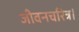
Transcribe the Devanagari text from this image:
जीवनचरित्र।